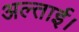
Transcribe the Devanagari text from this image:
अल्ताई।